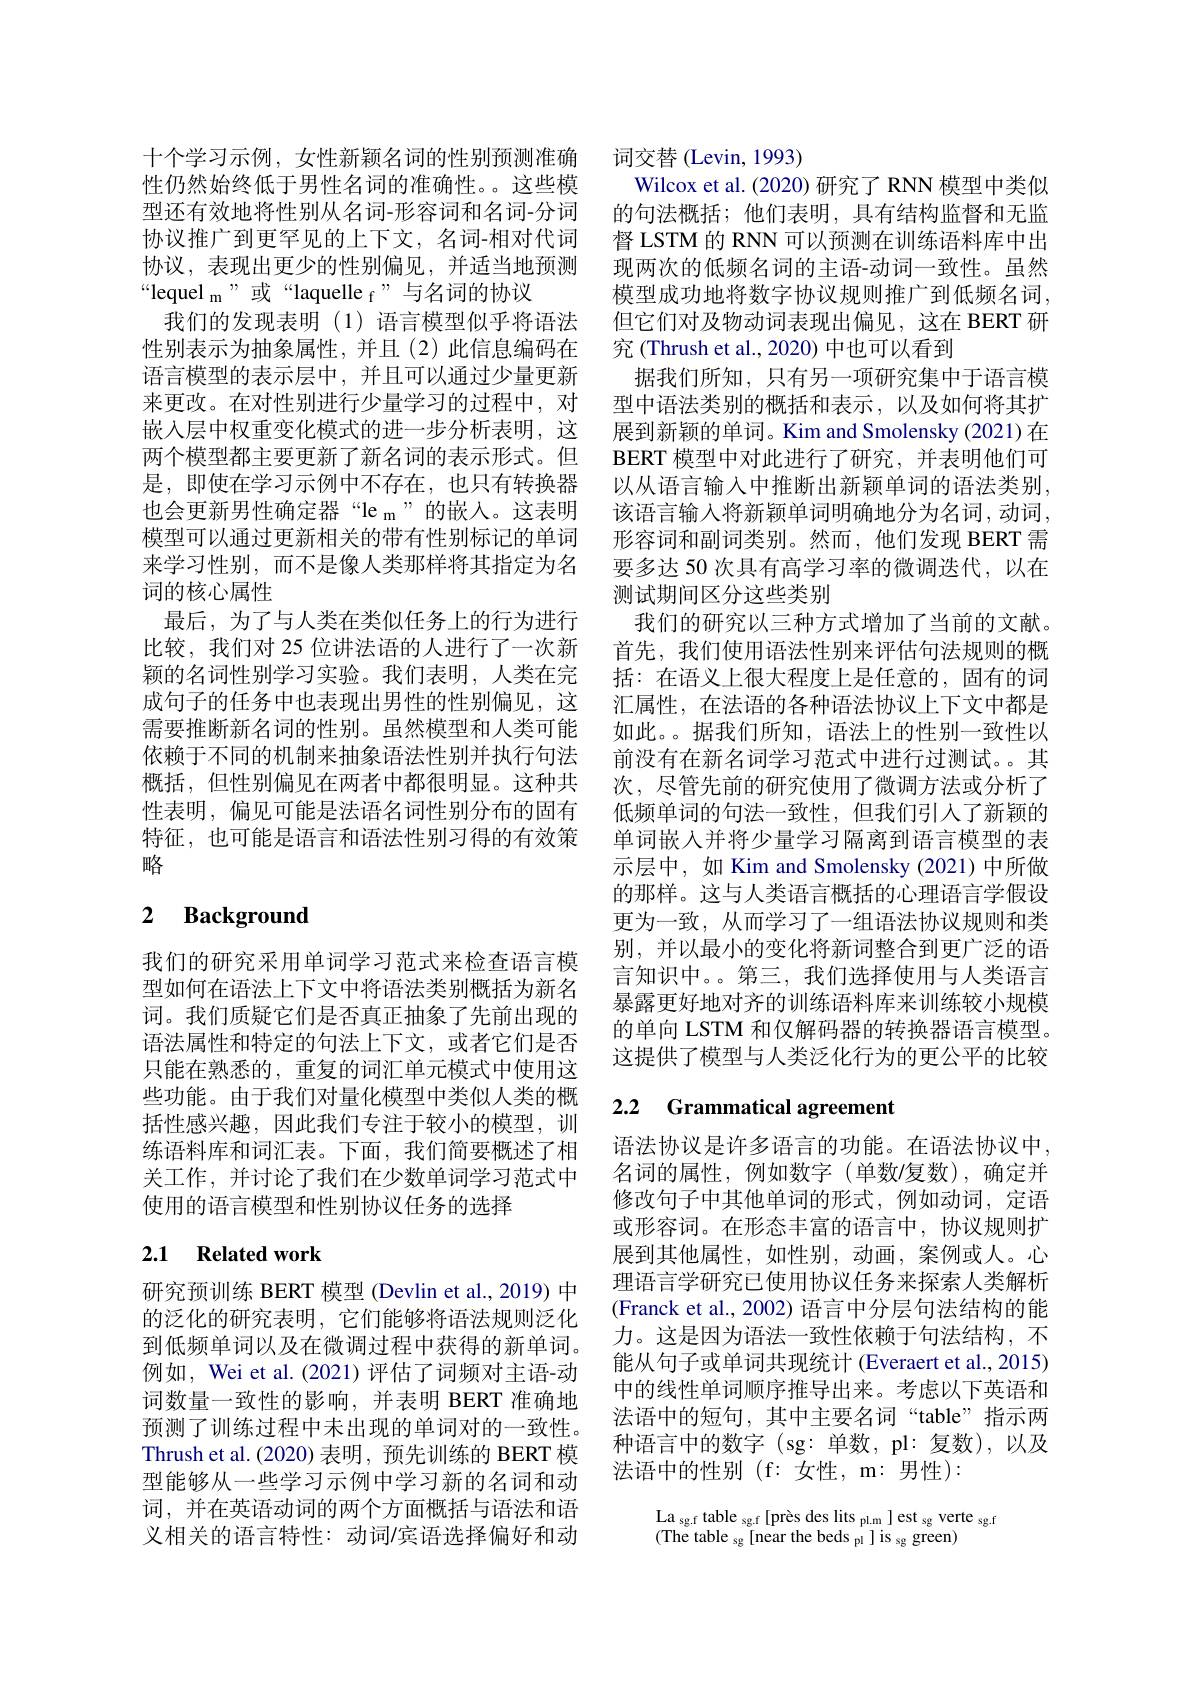
十个学习示例，女性新颖名词的性别预测准确性仍然始终低于男性名词的准确性。。这些模型还有效地将性别从名词-形容词和名词-分词协议推广到更罕见的上下文，名词-相对代词协议，表现出更少的性别偏见，并适当地预测“lequel m”或“laquelle f”与名词的协议
我们的发现表明(1)语言模型似乎将语法性别表示为抽象属性，并且(2)此信息编码在语言模型的表示层中，并且可以通过少量更新来更改。在对性别进行少量学习的过程中，对嵌入层中权重变化模式的进一步分析表明，这两个模型都主要更新了新名词的表示形式。但是，即使在学习示例中不存在，也只有转换器也会更新男性确定器“le_m”的嵌入。这表明模型可以通过更新相关的带有性别标记的单词来学习性别，而不是像人类那样将其指定为名词的核心属性
最后，为了与人类在类似任务上的行为进行比较，我们对 25 位讲法语的人进行了一次新颖的名词性别学习实验。我们表明，人类在完成句子的任务中也表现出男性的性别偏见，这需要推断新名词的性别。虽然模型和人类可能依赖于不同的机制来抽象语法性别并执行句法概括，但性别偏见在两者中都很明显。这种共性表明，偏见可能是法语名词性别分布的固有特征，也可能是语言和语法性别习得的有效策略

# 2 Background

我们的研究采用单词学习范式来检查语言模型如何在语法上下文中将语法类别概括为新名词。我们质疑它们是否真正抽象了先前出现的语法属性和特定的句法上下文，或者它们是否只能在熟悉的，重复的词汇单元模式中使用这些功能。由于我们对量化模型中类似人类的概括性感兴趣，因此我们专注于较小的模型，训练语料库和词汇表。下面，我们简要概述了相关工作，并讨论了我们在少数单词学习范式中使用的语言模型和性别协议任务的选择

## 2.1 Related work

研究预训练 BERT 模型 (Devlin et al., 2019) 中的泛化的研究表明，它们能够将语法规则泛化到低频单词以及在微调过程中获得的新单词。例如，Wei et al.(2021)评估了词频对主语-动词数量一致性的影响，并表明 BERT 准确地预测了训练过程中未出现的单词对的一致性。Thrush et al. (2020) 表明，预先训练的 BERT 模型能够从一些学习示例中学习新的名词和动词，并在英语动词的两个方面概括与语法和语义相关的语言特性：动词/宾语选择偏好和动

词交替 (Levin, 1993)
Wilcox et al. (2020) 研究了 RNN 模型中类似的句法概括；他们表明，具有结构监督和无监督 LSTM 的 RNN 可以预测在训练语料库中出现两次的低频名词的主语-动词一致性。虽然模型成功地将数字协议规则推广到低频名词， 但它们对及物动词表现出偏见，这在 BERT 研究 (Thrush et al., 2020) 中也可以看到
据我们所知，只有另一项研究集中于语言模型中语法类别的概括和表示，以及如何将其扩展到新颖的单词。Kim and Smolensky (2021)在BERT 模型中对此进行了研究，并表明他们可以从语言输入中推断出新颖单词的语法类别， 该语言输入将新颖单词明确地分为名词，动词， 形容词和副词类别。然而，他们发现 BERT 需要多达 50 次具有高学习率的微调迭代，以在测试期间区分这些类别
我们的研究以三种方式增加了当前的文献。首先，我们使用语法性别来评估句法规则的概括：在语义上很大程度上是任意的，固有的词汇属性，在法语的各种语法协议上下文中都是如此。据我们所知，语法上的性别一致性以前没有在新名词学习范式中进行过测试。。其次，尽管先前的研究使用了微调方法或分析了低频单词的句法一致性，但我们引人了新颖的单词嵌入并将少量学习隔离到语言模型的表示层中，如 Kim and Smolensky(2021)中所做的那样。这与人类语言概括的心理语言学假设更为一致，从而学习了一组语法协议规则和类别，并以最小的变化将新词整合到更广泛的语言知识中。。第三，我们选择使用与人类语言暴露更好地对齐的训练语料库来训练较小规模的单向 LSTM 和仅解码器的转换器语言模型。这提供了模型与人类泛化行为的更公平的比较

# 2.2 Grammatical agreement

语法协议是许多语言的功能。在语法协议中， 名词的属性，例如数字(单数/复数),确定并修改句子中其他单词的形式，例如动词，定语或形容词。在形态丰富的语言中，协议规则扩展到其他属性，如性别，动画，案例或人。心理语言学研究已使用协议任务来探索人类解析(Franck et al., 2002) 语言中分层句法结构的能力。这是因为语法一致性依赖于句法结构，不能从句子或单词共现统计 (Everaert et al., 2015) 中的线性单词顺序推导出来。考虑以下英语和法语中的短句，其中主要名词“table”指示两种语言中的数字(sg:单数，pl:复数),以及法语中的性别(f:女性，m:男性):

La sg.f table sg.f [près des lits pl.m ] est sg verte sg.f
( The table sg [ near the beds pl ]  is sg green)